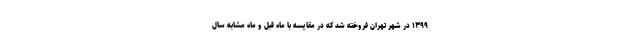
۱۳۹۹ در شهر تهران فروخته شد که در مقایسه با ماه قبل و ماه مشابه سال